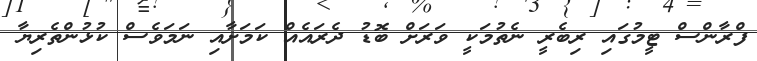
ފްރާންސް ޓީމުގައި ރިބެރީ ނެތުމަކީ ވަރަށް ބޮޑު ދެރައެއް ކަމަށާއި ނަމަވެސް ކުޅުންތެރިޔާ